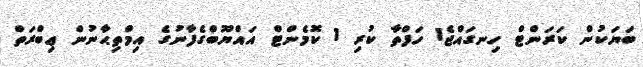
ބަޔަކުން ކަރަންޓް ހިނގައްޖެ1 ހަފްތާ ކުރި 1 ކޮމެންޓް އައްޔޫބްގެފާނުގެ އިމްތިޙާނުން ޢިބްރަތް